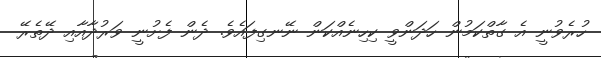
ހުރެވުނީ އެ ގާތްކަމުން ހަދަންވީ ކިހިނެއްކަން ނޭނގިފައެވެ. ދެން ފެށުނީ ވަރުދާއާއި ދޭތެރޭ